Vaccine operations Central Provinces 1868-1885 - 1868-1885
Year: 1868
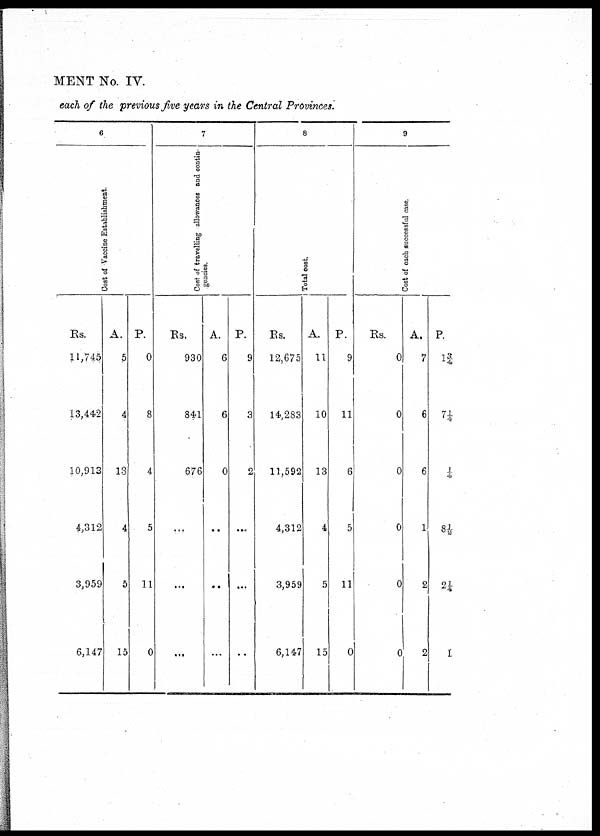
MENT No. IV.
each of the previous five years in the Central Provinces.
6
Cost of Vaccine Establishment.
Rs.
11,745
13,442
10,913
4,312
3,959
6,147
A.
5
4
13
4
5
15
P.
0
8
4
5
11
0
7
Cost of travelling allowances and contin-
gencies.
Rs.
930
841
676
...
...
...
A.
6
6
0
...
...
...
P.
9
3
2
...
...
..
8
Total cost.
Rs.
12,675
14,283
11,592
4,312
3,959
6,147
A.
11
10
13
4
5
15
P.
9
11
6
5
11
0
9
Cost of each successful case,
Rs.
0
0
0
0
0
0
A.
7
6
6
1
2
2
P.
1¾
7¼
¼
8½
2¼
1